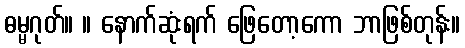
ဓမ္မဂုတ်။ ။ နောက်ဆုံးရက် ဖြေတော့ကော ဘာဖြစ်တုန်း။